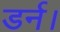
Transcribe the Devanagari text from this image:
डर्न।